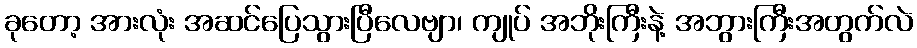
ခုတော့ အားလုံး အဆင်ပြေသွားပြီလေဗျာ၊ ကျုပ် အဘိုးကြီးနဲ့ အဘွားကြီးအတွက်လဲ